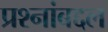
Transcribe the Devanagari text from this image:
प्रश्नांबद्दल